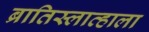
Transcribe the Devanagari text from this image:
ब्रातिस्लाव्हाला